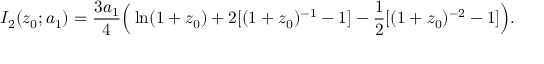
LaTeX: I _ { 2 } ( z _ { 0 } ; a _ { 1 } ) = { \frac { 3 a _ { 1 } } { 4 } } \Big ( \ln ( 1 + z _ { 0 } ) + 2 [ ( 1 + z _ { 0 } ) ^ { - 1 } - 1 ] - { \frac { 1 } { 2 } } [ ( 1 + z _ { 0 } ) ^ { - 2 } - 1 ] \Big ) .